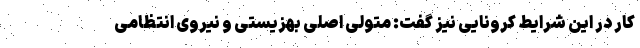
کار در این شرایط کرونایی نیز گفت: متولی اصلی بهزیستی و نیروی انتظامی